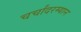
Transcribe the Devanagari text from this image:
चर्चांदरम्यान